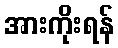
အားကိုးရန်